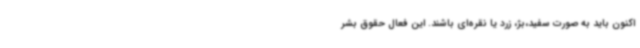
اکنون باید به صورت سفید،بژ، زرد یا نقره‌ای باشند. این فعال حقوق بشر